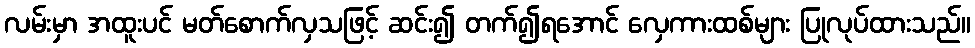
လမ်းမှာ အထူးပင် မတ်စောက်လှသဖြင့် ဆင်း၍ တက်၍ရအောင် လှေကားထစ်များ ပြုလုပ်ထားသည်။